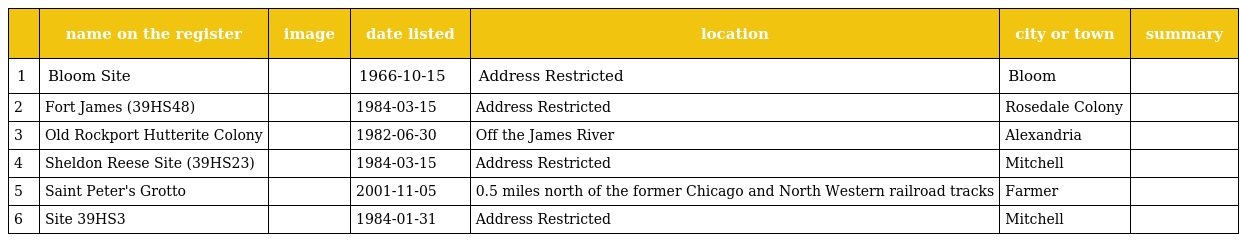
|  | name on the register | image | date listed | location | city or town | summary |
 | --- | --- | --- | --- | --- | --- | --- |
 | 1 | Bloom Site |  | 1966-10-15 | Address Restricted | Bloom |  |
 | 2 | Fort James (39HS48) |  | 1984-03-15 | Address Restricted | Rosedale Colony |  |
 | 3 | Old Rockport Hutterite Colony |  | 1982-06-30 | Off the James River | Alexandria |  |
 | 4 | Sheldon Reese Site (39HS23) |  | 1984-03-15 | Address Restricted | Mitchell |  |
 | 5 | Saint Peter's Grotto |  | 2001-11-05 | 0.5 miles north of the former Chicago and North Western railroad tracks | Farmer |  |
 | 6 | Site 39HS3 |  | 1984-01-31 | Address Restricted | Mitchell |  |